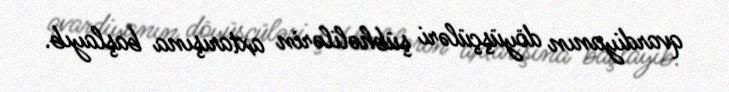
qvardiyanın döyüşçüləri şübhəlilərin axtarışına başlayıb.